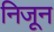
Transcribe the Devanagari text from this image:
निजून